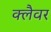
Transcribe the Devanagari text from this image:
क्लैवर